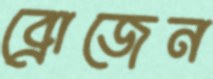
ব্রোজেন